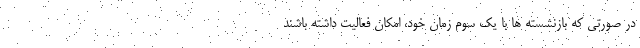
در صورتی که بازنشسته ها با یک سوم زمان خود، امکان فعالیت داشته باشند